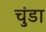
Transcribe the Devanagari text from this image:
चुंडा